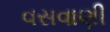
વસવાણી